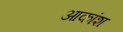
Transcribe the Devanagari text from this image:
आकांश